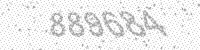
Solution: 889684